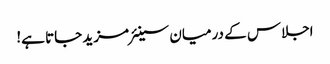
اجلاس کے درمیان سینئر مزید جاتا ہے!